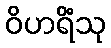
ဝိဟရိံသု